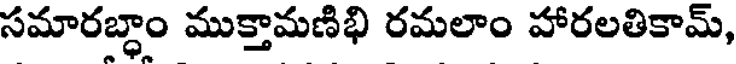
సమారబ్ధాం ముక్తామణిభి రమలాం హారలతికామ్,